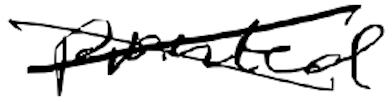
Text: printed
Cross-out: cross
Writing tool: digital_black